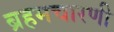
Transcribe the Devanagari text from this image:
ब्रहमचारणी